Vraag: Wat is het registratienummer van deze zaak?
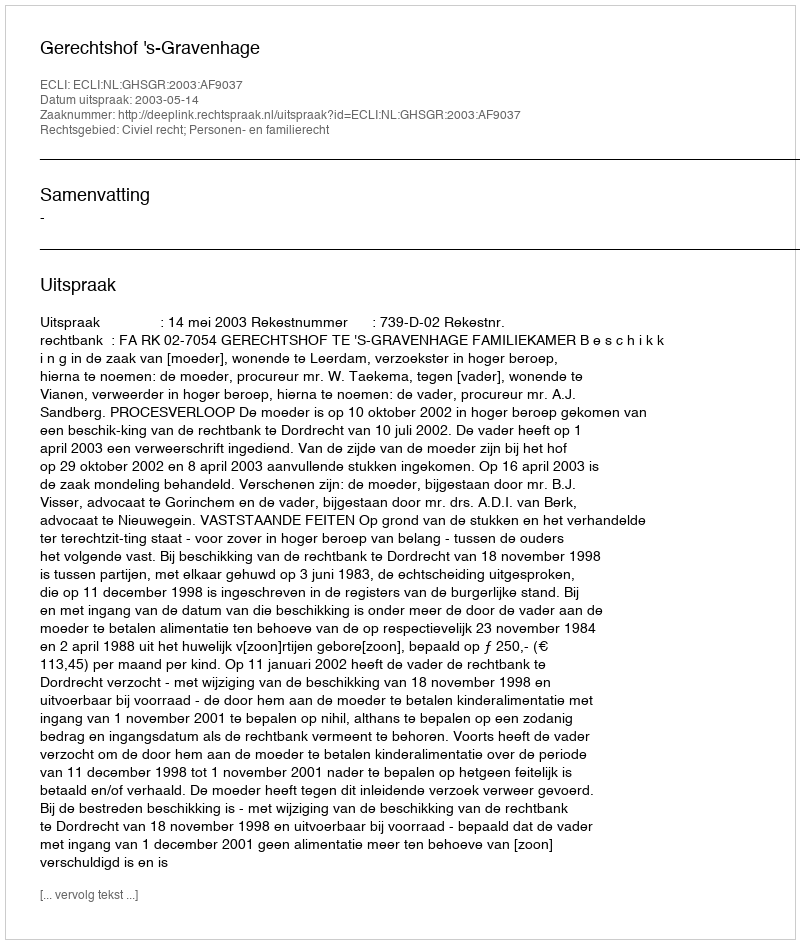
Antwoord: http://deeplink.rechtspraak.nl/uitspraak?id=ECLI:NL:GHSGR:2003:AF9037